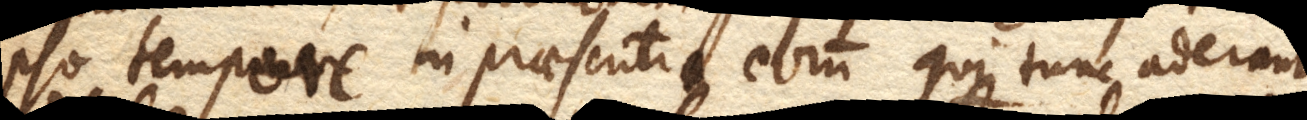
pso tempore in praesentia eorum qui tunc aderant